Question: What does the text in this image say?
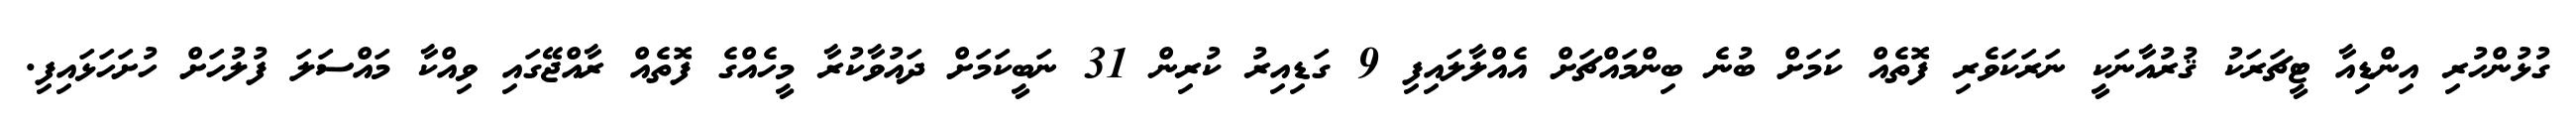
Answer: ގުޅުންހުރި އިންޑިއާ ޓީޗަރަކު ޤުރުއާނަކީ ނަރަކަވެރި ފޮތެއް ކަމަށް ބުނެ ބިންމައްޗަށް އެއްލާލައިފި 9 ގަޑިއިރު ކުރިން 31 ނަބީކަމަށް ދައުވާކުރާ މީހެއްގެ ފޮތެއް ރާއްޖޭގައި ވިއްކާ މައްސަލަ ފުލުހަށް ހުށަހަޅައިފި.